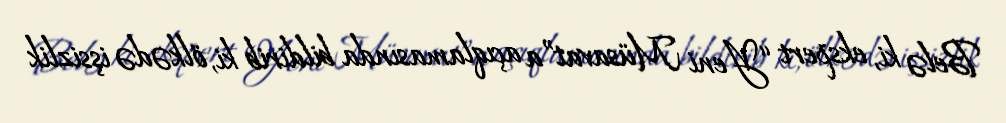
Belə ki, ekspert “Yeni Müsavat”a açıqlamasında bildirib ki, ölkədə işsizlik